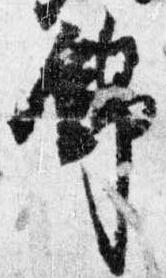
錦